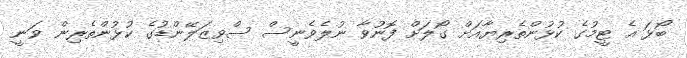
ބޯޅަ އެ ޓީމުގެ ކުޅުންތެރިޔާއަށް ގޯލަށް ފޮނުވާ ނުލެވެނީސް ސްވިޒަލޭންޑުގެ ކުޅުންތެރިން ވަނީ